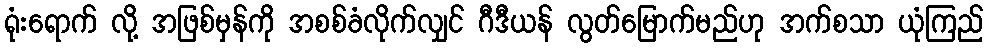
ရုံးရောက် လို့ အဖြစ်မှန်ကို အစစ်ခံလိုက်လျှင် ဂီဒီယန် လွတ်မြောက်မည်ဟု အက်စသာ ယုံကြည်